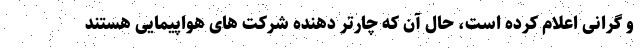
و گرانی اعلام کرده است، حال آن که چارتر دهنده شرکت های هواپیمایی هستند